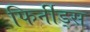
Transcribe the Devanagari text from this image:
फिर्नीड्स